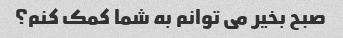
صبح بخیر می توانم به شما کمک کنم؟